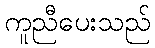
ကူညီပေးသည်